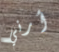
أرني